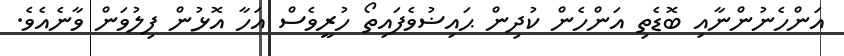
އަންހެނުންނާއި ބޮޑެތި އަންހެން ކުދިން ޙައިޟުވެފައިތޯ ހުރީވެސް އަހާ އޮޅުން ފިލުވަން ވާނެއެވެ.